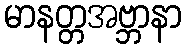
မာနတ္တအဗ္ဘာနာ